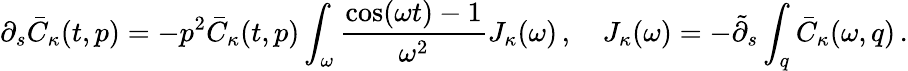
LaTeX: \partial_{s}\bar{C}_{\kappa}(t,p)=-p^{2}\bar{C}_{\kappa}(t,p)\int_{\omega}\frac{\cos(\omega t)-1}{\omega^{2}}J_{\kappa}(\omega)\, ,\quad J_{\kappa}(\omega)=-\tilde{\partial}_{s}\int_{q}\bar{C}_{\kappa}(\omega,q)\, .